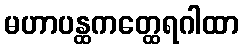
မဟာပန္ထကတ္ထေရဂါထာ